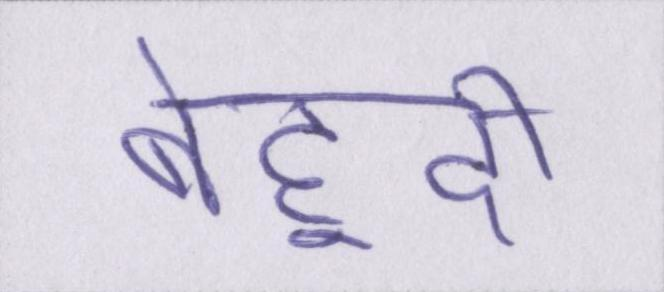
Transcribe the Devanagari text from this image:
बेहूदी